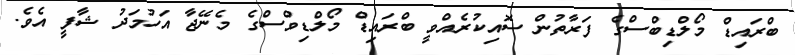
ބްރައިޑް މޯލްޑިބްސްގެ ފަރާތުން ސޮއިކުރެއްވީ ބްރައިޑް މޯލްޑިވްސްގެ މެނޭޖާ އަހުމަދު ޝާފީ އެވެ.